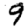
Digit: 9